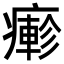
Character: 𤺋